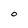
Character: O